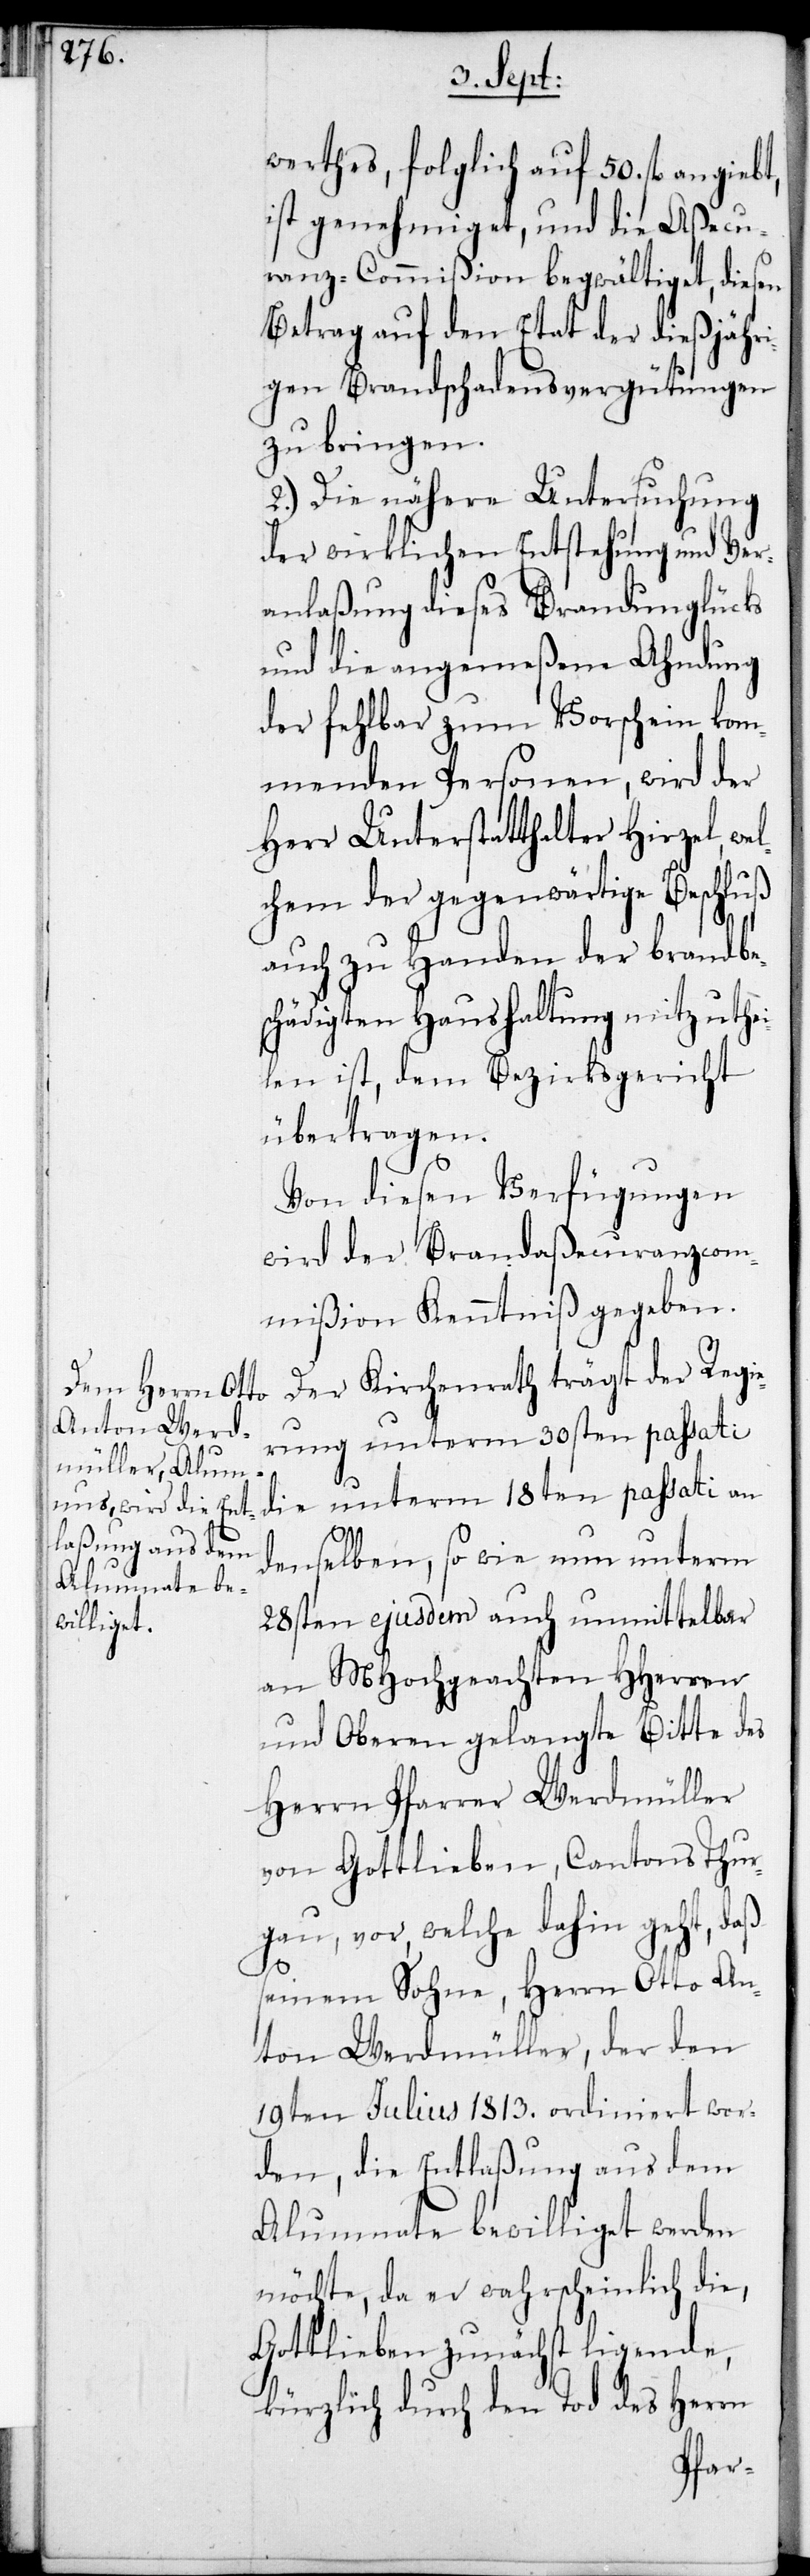
werthes, folglich auf 50. fl. angiebt,
ist genehmiget, und die Aßecu¬
ranz-Commißion begwältiget, diesen
Betrag auf den Etat der dießjähri¬
gen Brandschadensvergütungen
zu bringen.
2.) Die nähere Untersuchung
der wirklichen Entstehung und Ver¬
anlaßung dieses Brandunglücks
und die angemeßene Ahndung
der fehlbar zum Vorschein kom¬
menden Personen, wird der
Herr Unterstatthalter Hirzel, we¬
lchem der gegenwärtige Beschluß
auch zu Handen der brandbe¬
schädigten Haushaltung mitzuthe¬
ilen ist, dem Bezirksgericht
übertragen.
Von diesen Verfügungen
wird der Brandaßecuranzcom¬
mißion Kenntniß gegeben.
Der Kirchenrath trägt der Regi¬
erung unterm 30sten passati
die unterm 18ten passati von
denselben, sowie nun unterm
28sten ejusdem auch unmittelbar
an MHochgeachten HHerren
und Oberen gelangte Bitte des
Herrn Pfarrer Werdmüller
von Gottlieben, Cantons Thur¬
gau, vor, welche dahin geht, daß
seinem Sohne, Herrn Otto An¬
ton Werdmüller, der den
19ten Julius 1813. ordiniert wor¬
den die Entlaßung aus dem
Alumnate bewilliget werden
möchte, da er wahrscheinlich die,
Gottlieben zunächst ligende,
kürzlich durch den Tod des Herrn